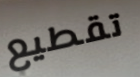
تقطيع